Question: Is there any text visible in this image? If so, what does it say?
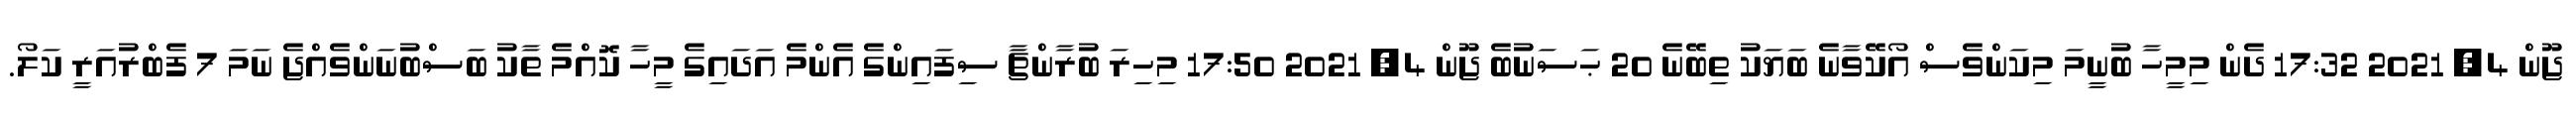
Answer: ޖޫން 4, 2021 17:32 ދެން މިމީހާ ބުނީމަ މިކަންވެސް އޯކޭވާނެ ބަޔަކު ތިބޭނެ 20 ޙަސަނުބެ ޖޫން 4, 2021 17:50 މިހިރަ ބުރާންޗާ ސިފައިންގެ އެންމެ އަދައިގެ މީހާ ކޮއްމެ ތާކު ބަސްބުނަންވެއްޖެ ނަމަ 7 ފެބްރުއަރީ ކަލޯ.